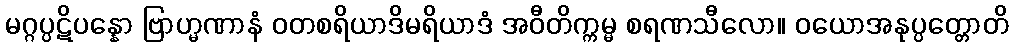
မဂ္ဂပ္ပဋိပန္နော ဗြာဟ္မဏာနံ ဝတစရိယာဒိမရိယာဒံ အဝီတိက္ကမ္မ စရဏသီလော။ ဝယောအနုပ္ပတ္တောတိ